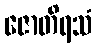
ဇောတိရသံ